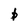
Character: P